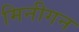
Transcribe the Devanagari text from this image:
मिनीगन